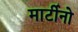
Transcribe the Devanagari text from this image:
मार्टीनो